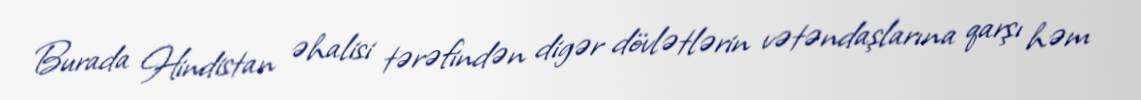
Burada Hindistan əhalisi tərəfindən digər dövlətlərin vətəndaşlarına qarşı həm